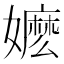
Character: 嬷